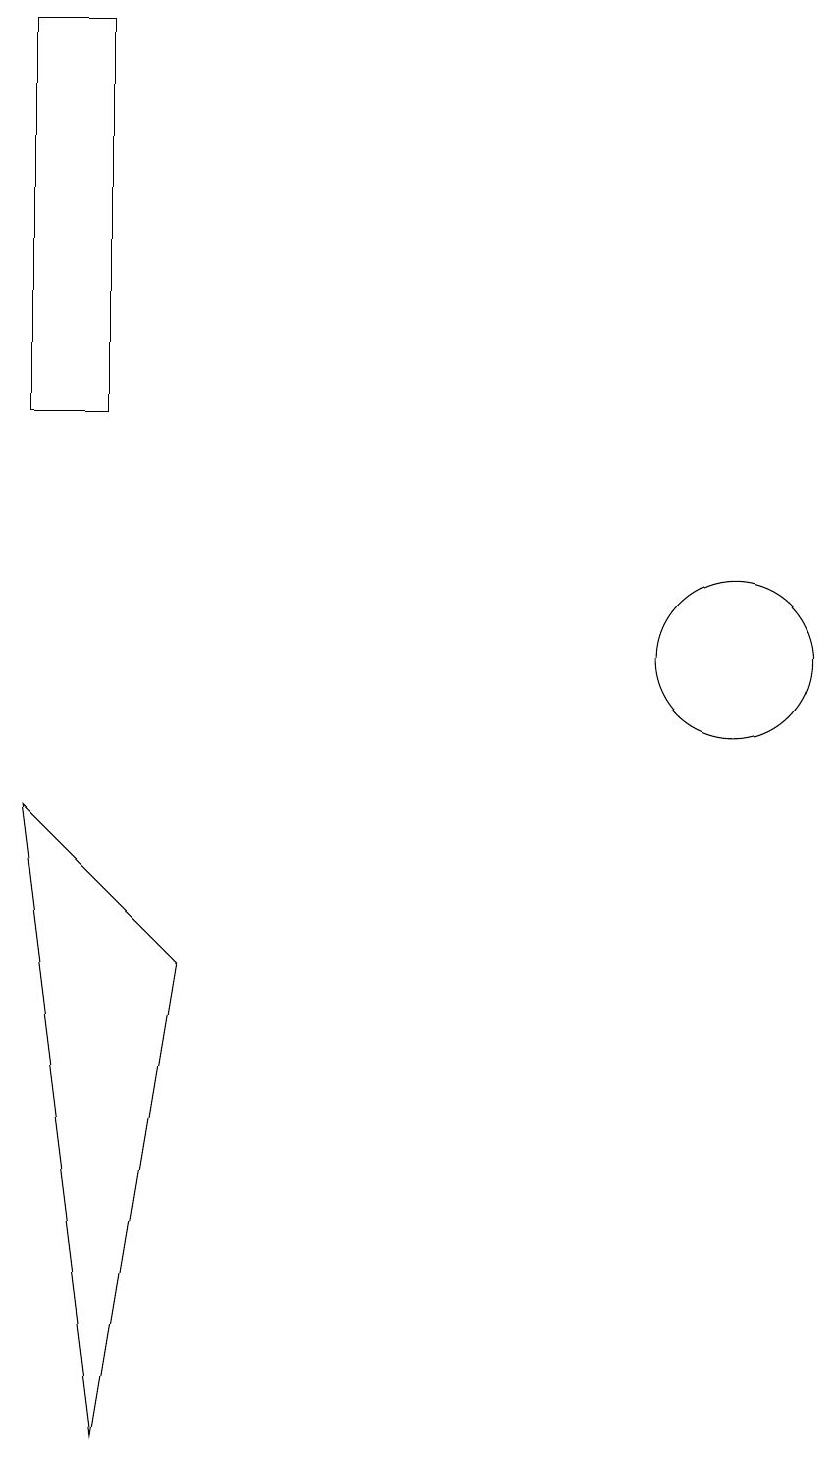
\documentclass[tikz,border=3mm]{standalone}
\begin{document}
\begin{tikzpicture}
\draw (3,0) -- (2,8) -- (4,6) -- cycle;
\draw (11,10) circle (1);
\draw (2,18) rectangle (3,13);
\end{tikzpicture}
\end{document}